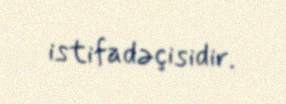
istifadəçisidir.